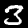
Label: 3